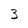
Character: 3